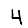
Digit: 4